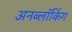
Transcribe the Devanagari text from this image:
अनब्लॉकिंग